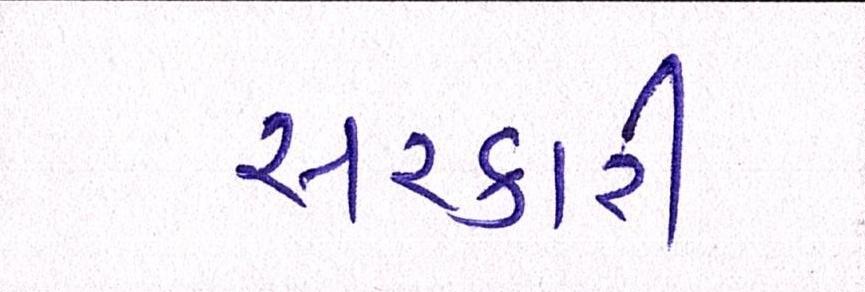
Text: સરકારી